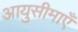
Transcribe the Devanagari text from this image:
आयुसीमाएँ